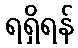
ရရှိရန်